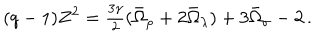
( q - 1 ) Z ^ { 2 } = \textstyle { \frac { 3 \gamma } { 2 } } ( \bar { \Omega } _ { \rho } + 2 \bar { \Omega } _ { \lambda } ) + 3 \bar { \Omega } _ { \sigma } - 2 \, .